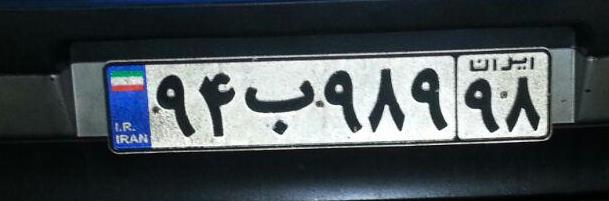
۹۴ب۹۸۹۹۸